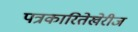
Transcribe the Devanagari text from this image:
पत्रकारितेखेरीज